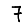
Digit: 7